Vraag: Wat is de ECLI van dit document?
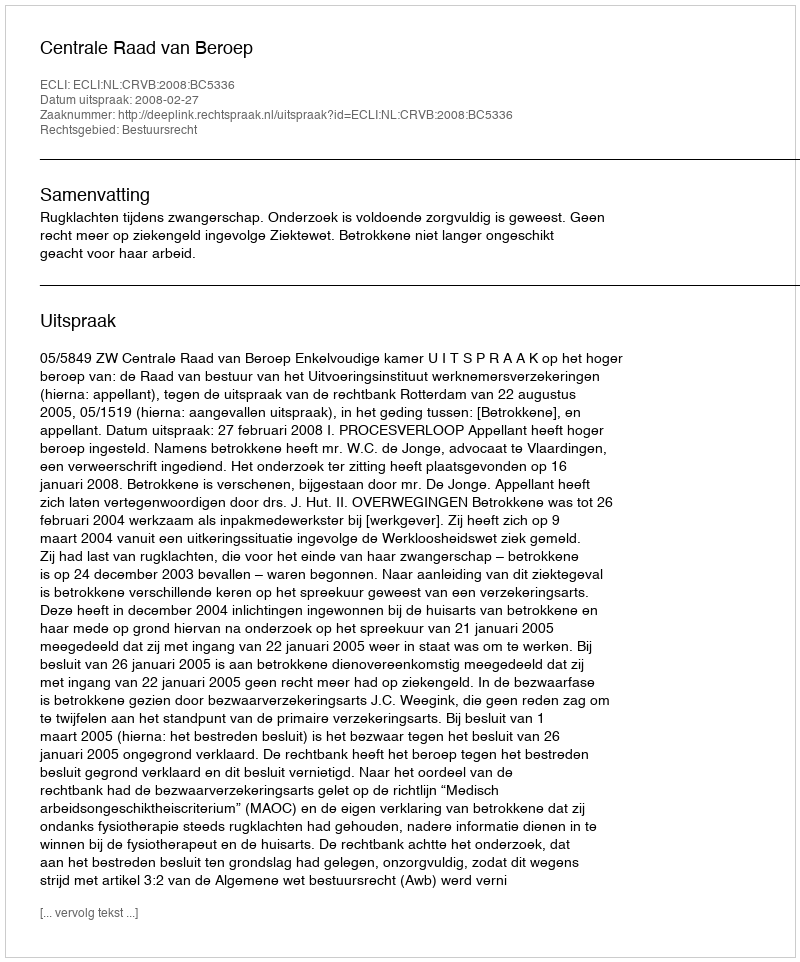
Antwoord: ECLI:NL:CRVB:2008:BC5336